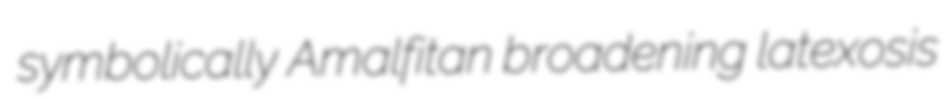
symbolically Amalfitan broadening latexosis